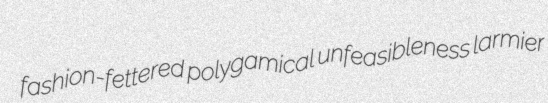
fashion-fettered polygamical unfeasibleness larmier